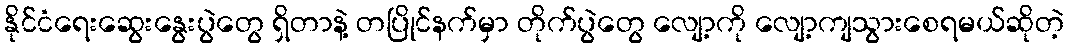
နိုင်ငံရေးဆွေးနွေးပွဲတွေ ရှိတာနဲ့ တပြိုင်နက်မှာ တိုက်ပွဲတွေ လျော့ကို လျော့ကျသွားစေရမယ်ဆိုတဲ့